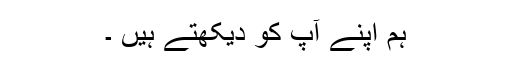
ہم اپنے آپ کو دیکھتے ہیں ۔